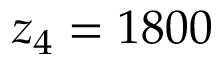
z _ { 4 } = 1 8 0 0